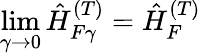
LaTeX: \operatorname*{lim}_{\gamma\to 0}\hat{H}_{F\gamma}^{(T)}=\hat{H}_{F}^{(T)}